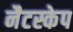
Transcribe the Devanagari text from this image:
नैटस्केप